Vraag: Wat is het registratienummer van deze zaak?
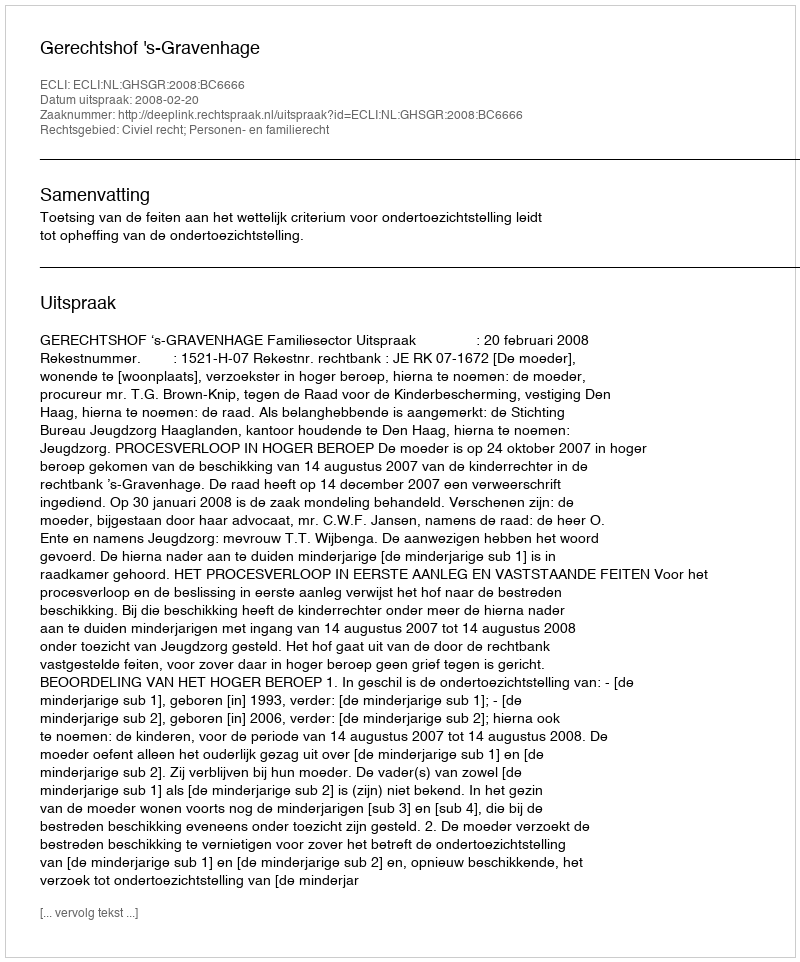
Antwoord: http://deeplink.rechtspraak.nl/uitspraak?id=ECLI:NL:GHSGR:2008:BC6666